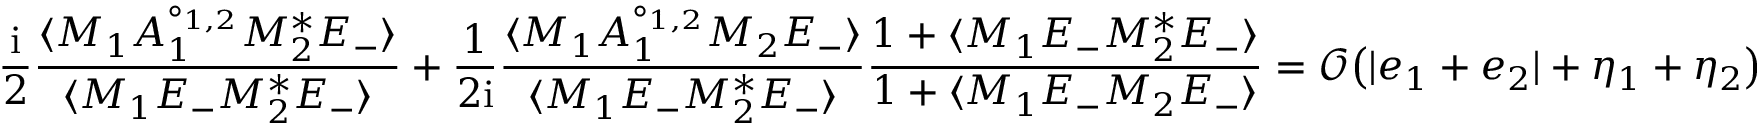
\frac { \mathrm { i } } { 2 } \frac { \langle M _ { 1 } A _ { 1 } ^ { \circ _ { 1 , 2 } } M _ { 2 } ^ { * } E _ { - } \rangle } { \langle M _ { 1 } E _ { - } M _ { 2 } ^ { * } E _ { - } \rangle } + \frac { 1 } { 2 \mathrm { i } } \frac { \langle M _ { 1 } A _ { 1 } ^ { \circ _ { 1 , 2 } } M _ { 2 } E _ { - } \rangle } { \langle M _ { 1 } E _ { - } M _ { 2 } ^ { * } E _ { - } \rangle } \frac { 1 + \langle M _ { 1 } E _ { - } M _ { 2 } ^ { * } E _ { - } \rangle } { 1 + \langle M _ { 1 } E _ { - } M _ { 2 } E _ { - } \rangle } = \mathcal { O } \big ( | e _ { 1 } + e _ { 2 } | + \eta _ { 1 } + \eta _ { 2 } \big )